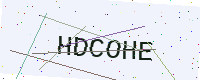
Text: HDCOHE